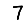
Digit: 7